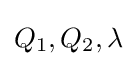
Q_{1},Q_{2},\lambda